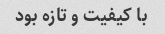
با کیفیت و تازه بود